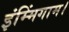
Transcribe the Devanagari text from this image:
इंम्मिंगाम।